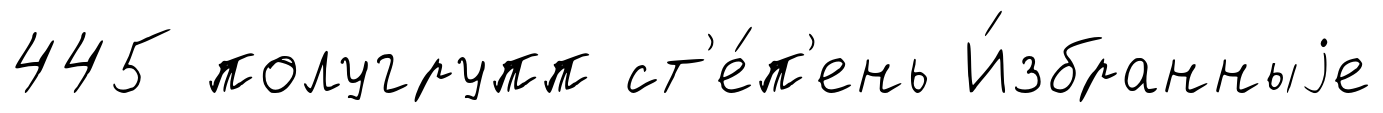
445 полугрупп ст'е́п'ень И́збранныjе